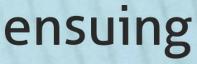
ensuing